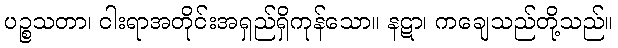
ပဉ္စသတာ၊ ငါးရာအတိုင်းအရှည်ရှိကုန်သော။ နဋာ၊ ကချေသည်တို့သည်။